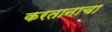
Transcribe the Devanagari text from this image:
करतानाचा